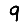
Digit: 9